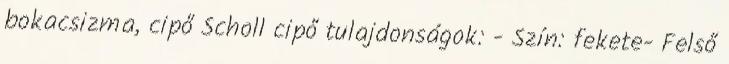
bokacsizma, cipő Scholl cipő tulajdonságok: - Szín: fekete- Felső